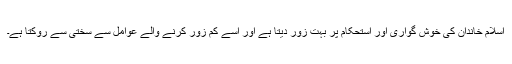
اسلام خاندان کی خوش گواری اور استحکام پر بہت زور دیتا ہے اور اسے کم زور کرنے والے عوامل سے سختی سے روکتا ہے۔